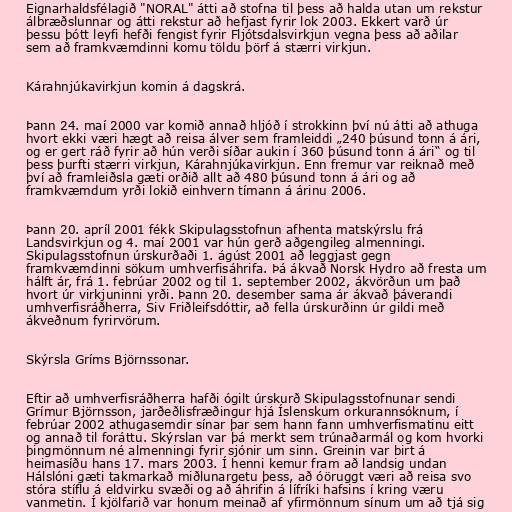
Eignarhaldsfélagið "NORAL" átti að stofna til þess að halda utan um rekstur
álbræðslunnar og átti rekstur að hefjast fyrir lok 2003. Ekkert varð úr
þessu þótt leyfi hefði fengist fyrir Fljótsdalsvirkjun vegna þess að aðilar
sem að framkvæmdinni komu töldu þörf á stærri virkjun.

Kárahnjúkavirkjun komin á dagskrá.

Þann 24. maí 2000 var komið annað hljóð í strokkinn því nú átti að athuga
hvort ekki væri hægt að reisa álver sem framleiddi „240 þúsund tonn á ári,
og er gert ráð fyrir að hún verði síðar aukin í 360 þúsund tonn á ári“ og til
þess þurfti stærri virkjun, Kárahnjúkavirkjun. Enn fremur var reiknað með
því að framleiðsla gæti orðið allt að 480 þúsund tonn á ári og að
framkvæmdum yrði lokið einhvern tímann á árinu 2006.

Þann 20. apríl 2001 fékk Skipulagsstofnun afhenta matskýrslu frá
Landsvirkjun og 4. maí 2001 var hún gerð aðgengileg almenningi.
Skipulagsstofnun úrskurðaði 1. ágúst 2001 að leggjast gegn
framkvæmdinni sökum umhverfisáhrifa. Þá ákvað Norsk Hydro að fresta um
hálft ár, frá 1. febrúar 2002 og til 1. september 2002, ákvörðun um það
hvort úr virkjuninni yrði. Þann 20. desember sama ár ákvað þáverandi
umhverfisráðherra, Siv Friðleifsdóttir, að fella úrskurðinn úr gildi með
ákveðnum fyrirvörum.

Skýrsla Gríms Björnssonar.

Eftir að umhverfisráðherra hafði ógilt úrskurð Skipulagsstofnunar sendi
Grímur Björnsson, jarðeðlisfræðingur hjá Íslenskum orkurannsóknum, í
febrúar 2002 athugasemdir sínar þar sem hann fann umhverfismatinu eitt
og annað til foráttu. Skýrslan var þá merkt sem trúnaðarmál og kom hvorki
þingmönnum né almenningi fyrir sjónir um sinn. Greinin var birt á
heimasíðu hans 17. mars 2003. Í henni kemur fram að landsig undan
Hálslóni gæti takmarkað miðlunargetu þess, að óöruggt væri að reisa svo
stóra stíflu á eldvirku svæði og að áhrifin á lífríki hafsins í kring væru
vanmetin. Í kjölfarið var honum meinað af yfirmönnum sínum um að tjá sig